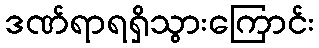
ဒဏ်ရာရရှိသွားကြောင်း